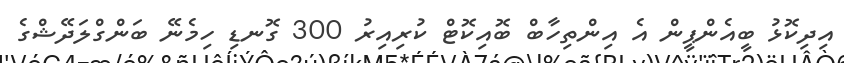
އިދިކޮޅު ބީއެންޕީން އެ އިންތިހާބް ބޮއިކޮޓް ކުރިއިރު 300 ގޮނޑި ހިމެނޭ ބަންގްލަދޭޝްގެ